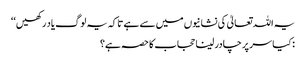
یہ اللہ تعالیٰ کی نشانیوں میں سے ہے تاکہ یہ لوگ یاد رکھیں‘‘
: کیا سر پر چادر لینا حجاب کا حصہ ہے؟